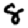
Digit: 8